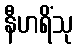
နီဟရိံသု